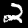
Digit: 2